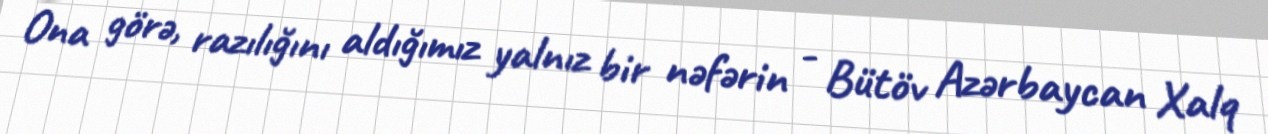
Ona görə, razılığını aldığımız yalnız bir nəfərin - Bütöv Azərbaycan Xalq